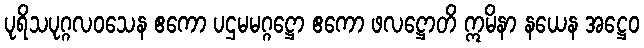
ပုရိသပုဂ္ဂလဝသေန ဧကော ပဌမမဂ္ဂဋ္ဌော ဧကော ဖလဋ္ဌောတိ ဣမိနာ နယေန အဋ္ဌေဝ